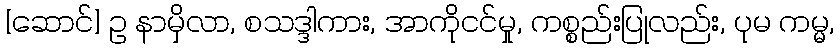
[ဆောင်] ဥ နာမှိလာ, စသဒ္ဒါကား, အာကိုငင်မှု, ကစ္စည်းပြုလည်း, ပုမ ကမ္မ,